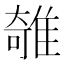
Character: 𨿫